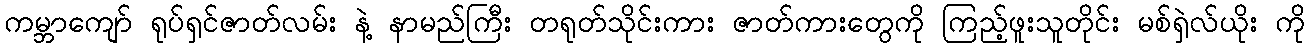
ကမ္ဘာကျော် ရုပ်ရှင်ဇာတ်လမ်း နဲ့ နာမည်ကြီး တရုတ်သိုင်းကား ဇာတ်ကားတွေကို ကြည့်ဖူးသူတိုင်း မစ်ရှဲလ်ယိုး ကို